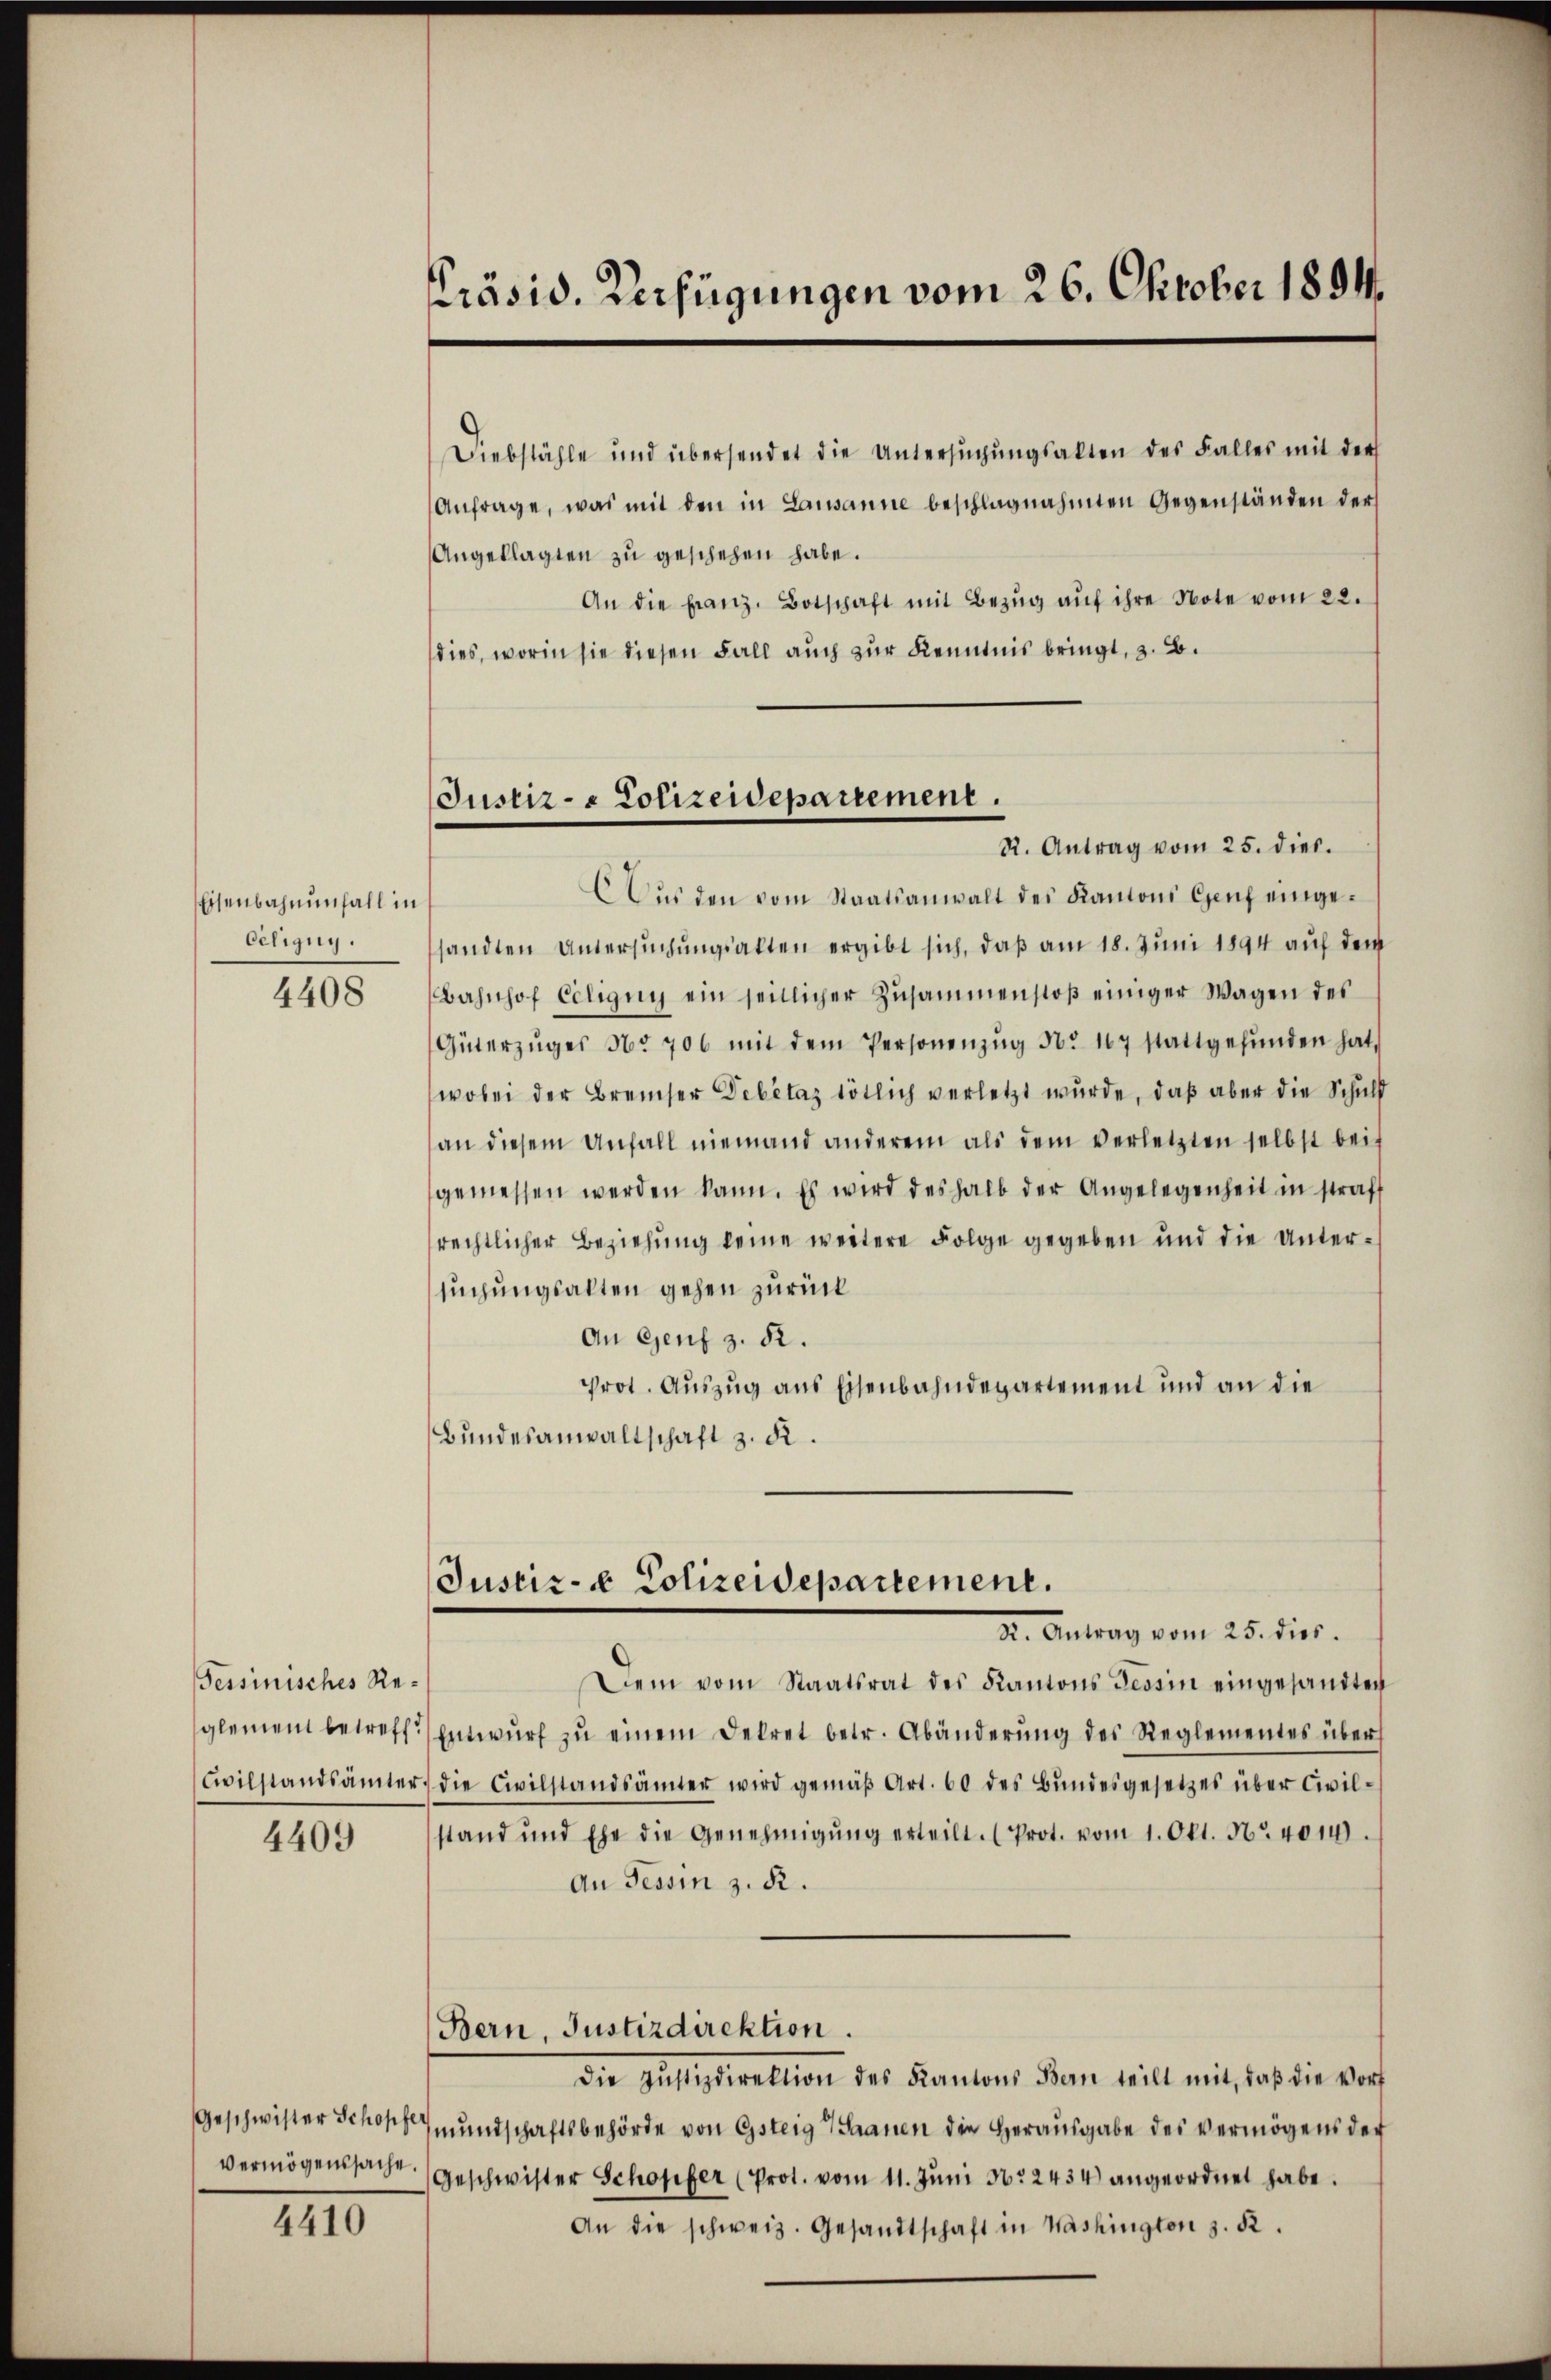
Eisenbahnenfall in
Eeling.
4408

Tessinisches Re¬

4409

4410

Präsid. Verfügungen vom 26. Oktober 1894.

Diebstähle und übersendet die Untersŭchŭngsakten des Falles mit der
Anfrage, was mit den in Lausanne beschlagnahmten Gegenständen ders
Angeklagten zu geschehen habe.
An die franz. Botschaft mit Bezŭg aŭf ihre Note vom 22.
dies, worin sie diesen Fall auch zur Kenntnis bringt, z. B.
6 aŭs den vom Staatsanwalt des Kantoni Genf eingesandten Untersuchungsakten ergibt sich, daß am 18. Juni 1894 auf dem
Bahnhof Ecligny ein seitlicher Zusammenstoβ einiger Wagen des
Güterzŭges No 706 mit dem Personenzŭg No. 167 stattgefŭnden hat,
wobei der Breiser Debitaz tötlich verletzt wŭrde, daβ aber die Schuld
an diesem Anfall niemand anderem als dem verletzten selbst beigemessen werden kann. Es wird deshalb der Angelegenheit in straff
rechtlicher Beziehung keine weitere Folge gegeben und die Untersuchungsalten gehen zurück
An Genf 3. 52.
prot. Auszug aus Eisenbahndepartement und an die
Bundesanwaltschaft z. R.

Justiz- & Polizeidepartement.
R. Antrag vom 25. dies.

X. Antrag vom 25. dies
Dem vom Staatsrat des Kantons Tessin eingesandten
glement betreff.) Entwurf zu einem Dekret betr. Abänderung des Reglementes über
wilstandsämter die Civilstandsämter wird gemäβ Art. 60 des Bŭndesgesetzes über Civil-
stand und Ehe die Genehmigŭng erteilt. (Prot. vom 1. Okt. Nr. 401.
An Tessin z. R.
Bern, Justizdirektion.
die Justizdirektion des Kantons Ban teilt mit, daß die vorf
Geschwister Schon Grundschaftsbehörde von Gsteig Saanen die Herausgabe des vermögens der
vermögenssache. Geschwister Schopfer (Prot. vom 11. Juni 16. 2434 angeordnet habe.
An die schweiz. Gesandtschaft in Washington z. B.

Justiz- & Polizeidepartement.